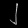
Digit: ၂